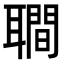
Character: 𦗬